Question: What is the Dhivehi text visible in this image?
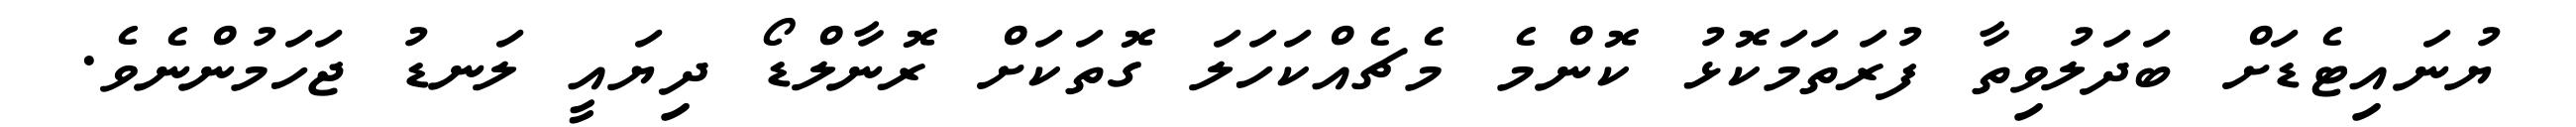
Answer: ޔުނައިޓެޑަށް ބަދަލުވިތާ ފުރަތަމަކޮޅު ކޮންމެ މެޗެއްކަހަލަ ގޮތަކަށް ރޮނާލްޑޯ ދިޔައީ ލަނޑު ޖަހަމުންނެވެ.